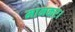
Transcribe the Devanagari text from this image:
मानकर।